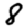
Digit: 8